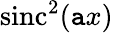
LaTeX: \operatorname{sinc}^{2}(\mathtt{a}x)